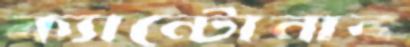
ক্যান্টোনার